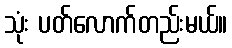
သုံး ပတ်လောက်တည်းမယ်။